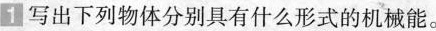
1 写出下列物体分别具有什么形式的机械能。